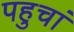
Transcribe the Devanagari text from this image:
पहुचां